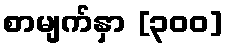
စာမျက်နှာ [၃၀၀]